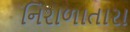
નિરાળાતારા